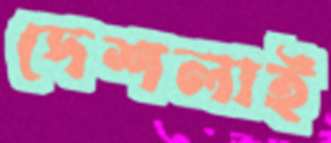
দেশলাই